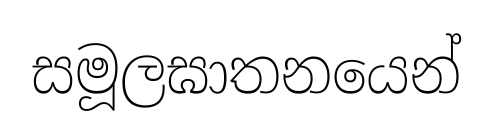
සමූලඝාතනයෙන්